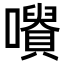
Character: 𡃪